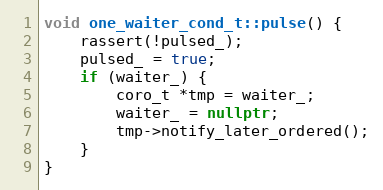
Language: C++
void one_waiter_cond_t::pulse() {
    rassert(!pulsed_);
    pulsed_ = true;
    if (waiter_) {
        coro_t *tmp = waiter_;
        waiter_ = nullptr;
        tmp->notify_later_ordered();
    }
}